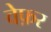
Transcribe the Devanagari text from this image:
वेफ़र